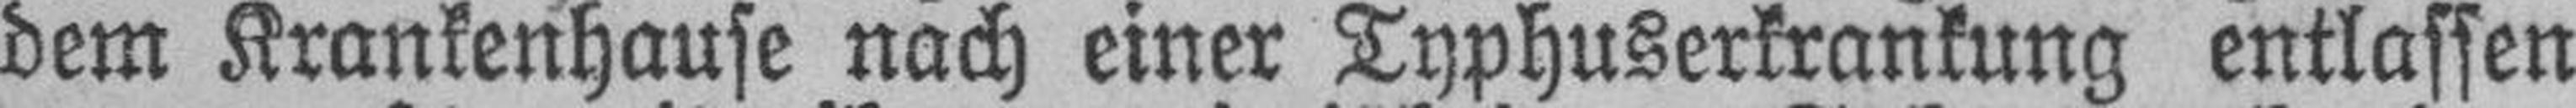
dem Krankenhause nach einer Typhuserkrankung entlassen